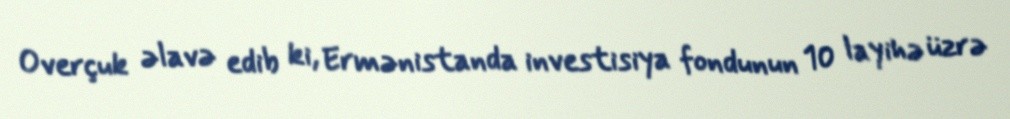
Overçuk əlavə edib ki, Ermənistanda investisiya fondunun 10 layihə üzrə